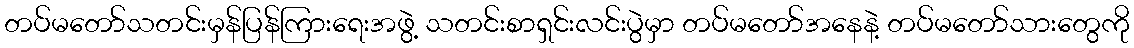
တပ်မတော်သတင်းမှန်ပြန်ကြားရေးအဖွဲ့ သတင်းစာရှင်းလင်းပွဲမှာ တပ်မတော်အနေနဲ့ တပ်မတော်သားတွေကို